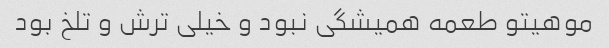
موهیتو طعمه همیشگی نبود و خیلی ترش و تلخ بود